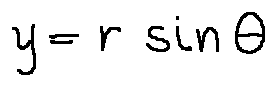
y = r \sin \theta